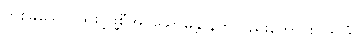
တစ်ခုသောပုဒ်ဖြင့်ဖွဲ့စီအပ်သောမန္တာန်ကိုလည်းကောင်း။ ဒွိပဒံ၊